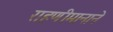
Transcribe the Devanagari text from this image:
राहणीमानाने